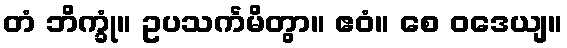
တံ ဘိက္ခုံ။ ဥပသင်္ကမိတွာ။ ဧဝံ။ စေ ဝဒေယျ။